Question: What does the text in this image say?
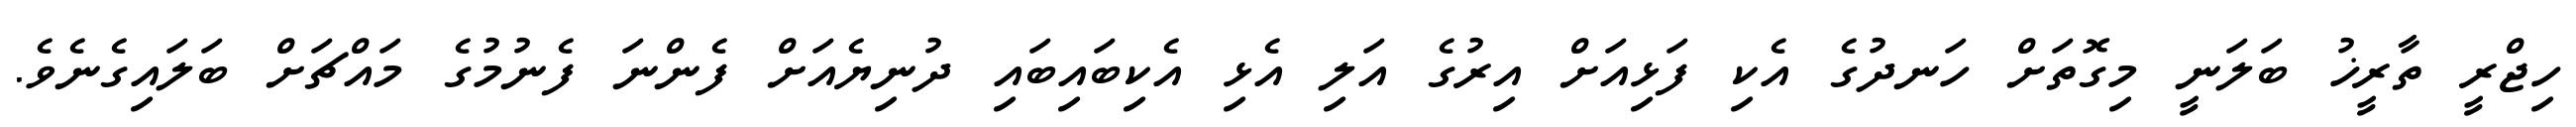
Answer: ހިޖްރީ ތާރީޚު ބަލަނީ މިގޮތަށް ހަނދުގެ އެކި ފަޅިއަށް އިރުގެ އަލި އެޅި އެކިބައިބައި ދުނިޔެއަށް ފެންނަ ފެނުމުގެ މައްޗަށް ބަލައިގެނެވެ.